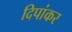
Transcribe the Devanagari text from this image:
दिपांकर